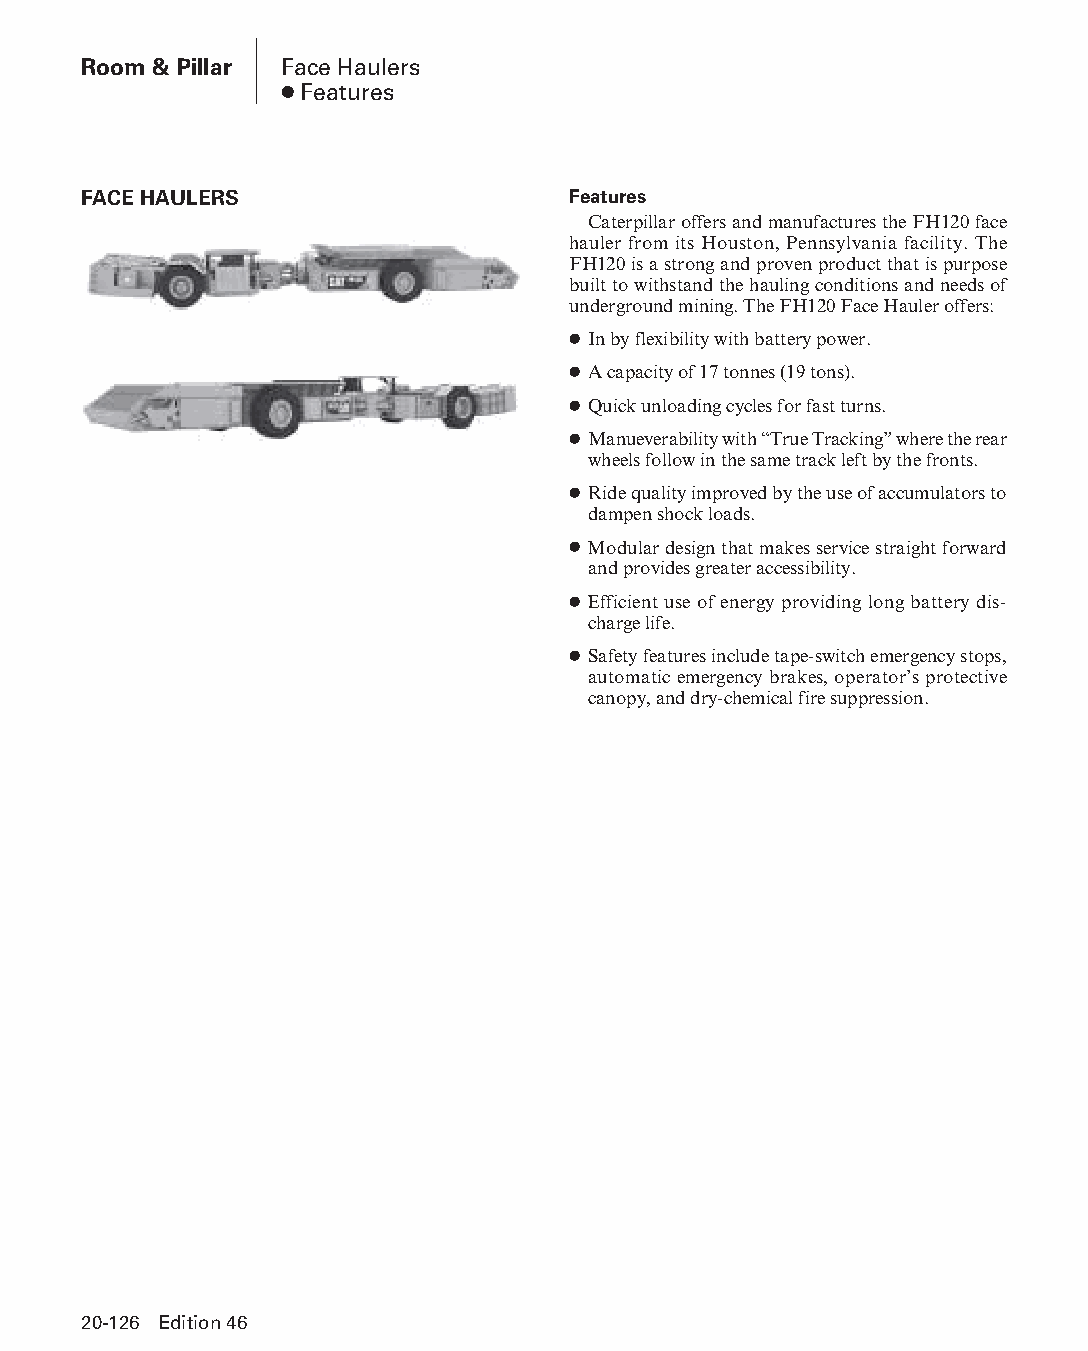
Room & Pillar Face Haulers
 ● Features
 FACE HAULERS                    Features
 Caterpillar offers and manufactures the FH120 face
 hauler from its Houston, Pennsylvania facility. The
 FH120 is a strong and proven product that is purpose
 built to withstand the hauling conditions and needs of
 underground mining. The FH120 Face Hauler offers:
 ● In by flexibility with battery power.
 ● A capacity of 17 tonnes (19 tons).
 ● Quick unloading cycles for fast turns.
 ● Manueverability with “True Tracking” where the rear
 wheels follow in the same track left by the fronts.
 ● Ride quality improved by the use of accumulators to
 dampen shock loads.
 ● Modular design that makes service straight forward
 and provides greater accessibility.
 ● Efficient use of energy providing long battery dis-
 charge life.
 ● Safety features include tape-switch emergency stops,
 automatic emergency brakes, operator’s protective
 canopy, and dry-chemical fire suppression.
 20-126 Edition 46
 PPHHBB--SSeecc2200--RRoooomm__PPiillllaarr((ppgg112211--114488))..iinndddd 112266 1122//44//1155 1111::0033 AAMM